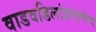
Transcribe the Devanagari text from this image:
वाडवडिलांप्रमाणेच